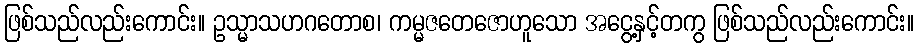
ဖြစ်သည်လည်းကောင်း။ ဥသ္မာသဟဂတောစ၊ ကမ္မဇတေဇောဟူသော အငွေ့နှင့်တကွ ဖြစ်သည်လည်းကောင်း။